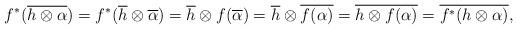
LaTeX: \begin{align*}f^{*}(\overline{h\otimes \alpha})=f^{*}(\overline{h}\otimes\overline{\alpha})=\overline{h}\otimes f(\overline{\alpha})=\overline{h}\otimes \overline{f(\alpha)}=\overline{h\otimes f(\alpha)}=\overline{f^{*}(h\otimes \alpha)},\end{align*}